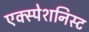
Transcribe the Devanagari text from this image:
एक्स्पेशनिस्ट